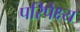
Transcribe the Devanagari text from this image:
परिपेक्ष्‍य